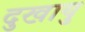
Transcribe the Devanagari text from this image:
दुखायु